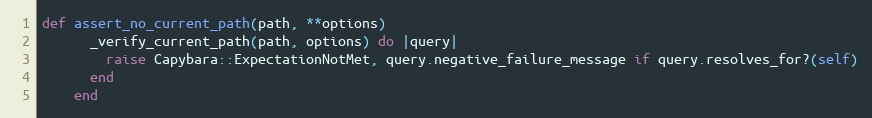
Language: Ruby
def assert_no_current_path(path, **options)
      _verify_current_path(path, options) do |query|
        raise Capybara::ExpectationNotMet, query.negative_failure_message if query.resolves_for?(self)
      end
    end